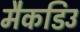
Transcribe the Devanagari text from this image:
मैकडिउ